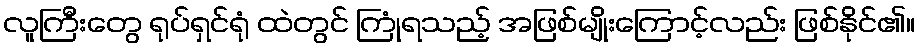
လူကြီးတွေ ရုပ်ရှင်ရုံ ထဲတွင် ကြုံရသည့် အဖြစ်မျိုးကြောင့်လည်း ဖြစ်နိုင်၏။